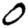
Digit: 0